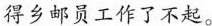
得乡邮员工作了不起。